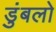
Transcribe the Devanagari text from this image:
डुंबलो